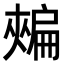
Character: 𢩟